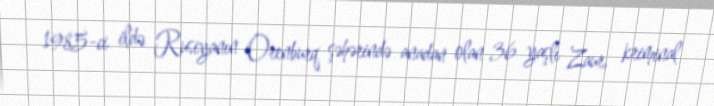
1985-ci ildə Rusiyanın Orenburq şəhərində anadan olan 36 yaşlı Zaur, kriminal